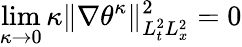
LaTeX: \operatorname*{lim}_{\kappa\to 0}\kappa\| \nabla\theta^{\kappa}\| _{L_{t}^{2}L_{x}^{2}}^{2}=0